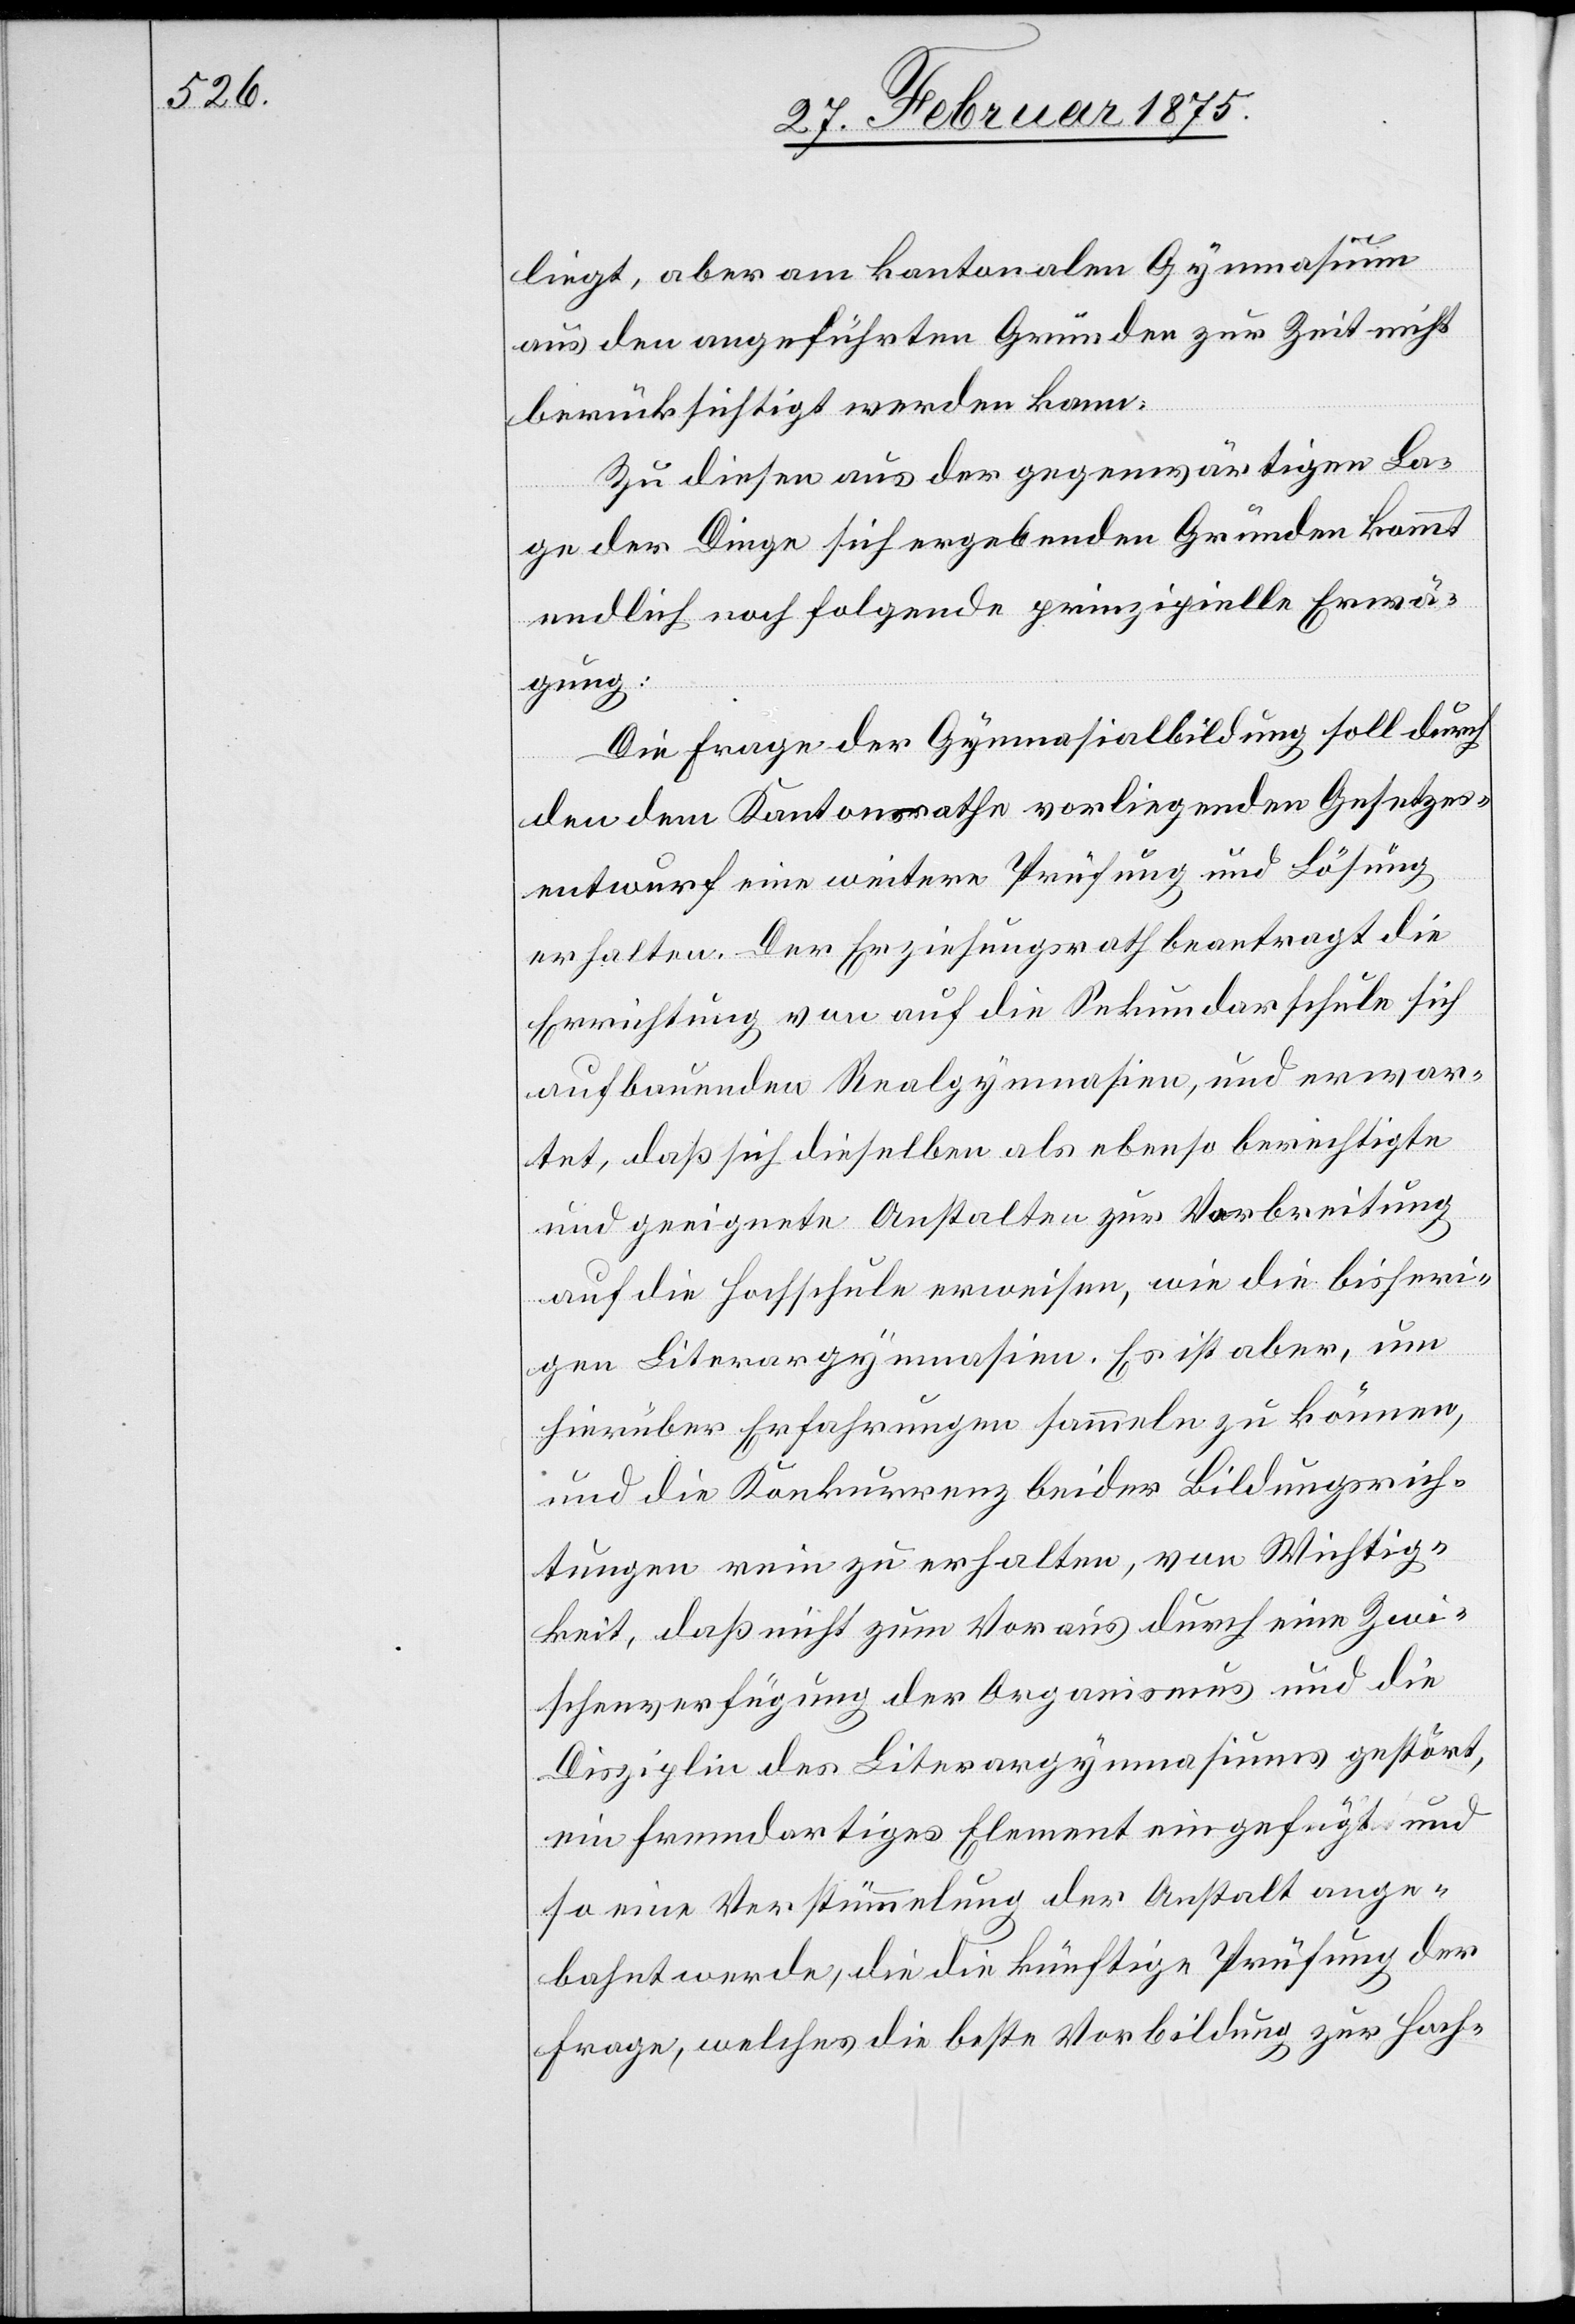
liegt, aber am kantonalen Gymnasium
aus den angeführten Gründen zur Zeit nicht
berücksichtigt werden kann.
Zu diesen aus der gegenwärtigen La¬
ge der Dinge sich ergebenden Gründen kommt
endlich noch folgende prinzipielle Erwä¬
gung:
Die Frage der Gymnasialbildung soll durch
den dem Kantonsrathe vorliegenden Gesetzes¬
entwurf eine weitere Prüfung und Lösung
erhalten. Der Erziehungsrath beantragt die
Errichtung von auf die Sekundarschule sich
aufbauenden Realgymnasien, und erwar¬
tet, daß sich dieselben als ebenso berechtigte
und geeignete Anstalten zur Verbreitung
auf die Hochschule erweisen, wie die bisheri¬
gen Literargymnasien. Es ist aber, um
hierüber Erfahrungen sammeln zu können,
und die Konkurrenz beider Bildungsrich¬
tungen rein zu erhalten, von Wichtig¬
keit, daß nicht zum Voraus durch eine Zwi¬
schenverfügung der Organismus und die
Disziplin des Literargymnasiums gestört,
ein fremdartiges Element eingefügt und
so eine Verstümmelung der Anstalt ge¬
bahnt werde, die die künftige Prüfung der
Frage, welches die beste Vorbildung zur Hoch-